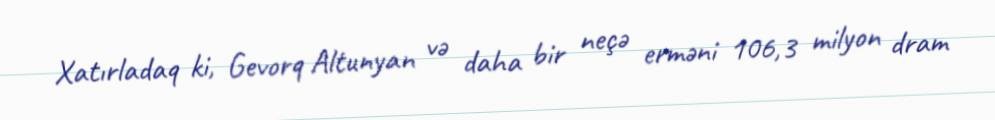
Xatırladaq ki, Gevorq Altunyan və daha bir neçə erməni 106,3 milyon dram